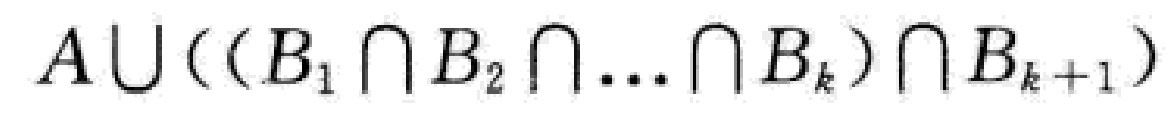
$A\cup((B_1\cap B_2\cap\ldots\cap B_k)\cap B_{k + 1})$